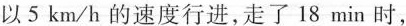
以5km/h的速度行进，走了18min时，